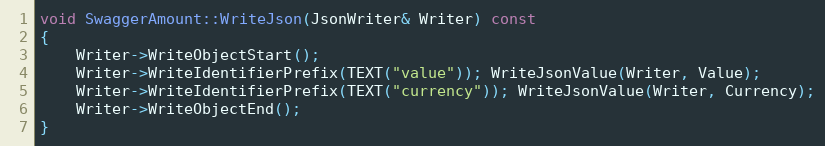
Language: C++
void SwaggerAmount::WriteJson(JsonWriter& Writer) const
{
	Writer->WriteObjectStart();
	Writer->WriteIdentifierPrefix(TEXT("value")); WriteJsonValue(Writer, Value);
	Writer->WriteIdentifierPrefix(TEXT("currency")); WriteJsonValue(Writer, Currency);
	Writer->WriteObjectEnd();
}